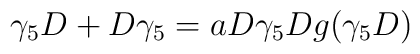
\gamma_{5}D + D\gamma_{5}=aD\gamma_{5}Dg(\gamma_{5}D)